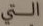
التي